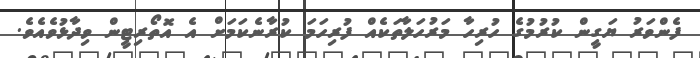
ފެންވަރު ޔަގީން ކުރުމުގެ ހުރިހާ މަރުހަލާތަކެއް ފުރިހަމަ ކުރާނެކަމަށް އެ އޮތޯރިޓީން ވިދާޅުވެއެވެ.